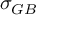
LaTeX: \sigma _ { G B }